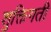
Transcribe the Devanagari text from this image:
शुक्तिगती